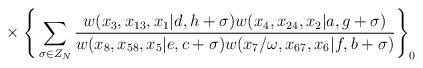
LaTeX: \begin{align*}{}~~~~~~~~~~~~~\times \Bigg\{\sum_{\sigma \in Z_N}\frac{w(x_3,x_{13},x_1|d,h+\sigma)w(x_4,x_{24},x_2|a,g+\sigma)}{w(x_8,x_{58},x_5|e,c+\sigma)w(x_7/\omega,x_{67},x_6|f,b+\sigma)}\Bigg\}_0\end{align*}